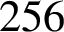
2 5 6